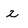
Character: 2